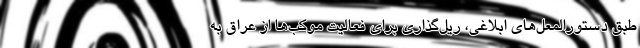
طبق دستورالمعل‌های ابلاغی، ریل‌گذاری برای فعالیت موکب‌ها از عراق به